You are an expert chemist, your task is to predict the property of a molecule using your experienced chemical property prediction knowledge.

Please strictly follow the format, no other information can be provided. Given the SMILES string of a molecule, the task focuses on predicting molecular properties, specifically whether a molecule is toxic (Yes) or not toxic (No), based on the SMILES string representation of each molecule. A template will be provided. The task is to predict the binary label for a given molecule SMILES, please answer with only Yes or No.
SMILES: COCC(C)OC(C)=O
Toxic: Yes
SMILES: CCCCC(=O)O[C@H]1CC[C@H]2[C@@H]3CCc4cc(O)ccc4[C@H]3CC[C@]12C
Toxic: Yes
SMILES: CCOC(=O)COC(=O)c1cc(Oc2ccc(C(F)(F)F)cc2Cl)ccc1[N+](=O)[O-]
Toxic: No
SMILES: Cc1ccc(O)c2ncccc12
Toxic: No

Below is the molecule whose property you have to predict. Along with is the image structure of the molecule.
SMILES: O=S(=O)(O)c1ccc(O)cc1
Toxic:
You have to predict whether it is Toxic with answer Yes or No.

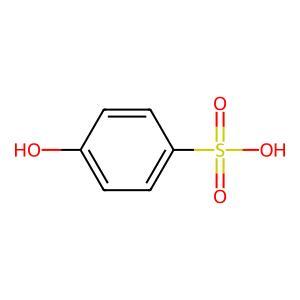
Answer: No